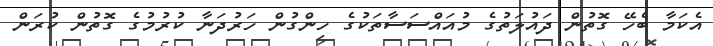
އެކަމާ ބެހޭ ގޮތުން ދައުލަތުގެ މުއައްސަސާތަކުގެ ހިންގުން ހަރުދަނާ ކުރުމުގެ ގޮތުން ކުރަން